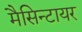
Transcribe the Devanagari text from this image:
मैसिन्टायर